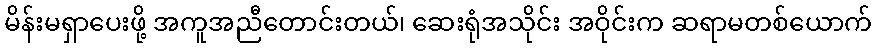
မိန်းမရှာပေးဖို့ အကူအညီတောင်းတယ်၊ ဆေးရုံအသိုင်း အဝိုင်းက ဆရာမတစ်ယောက်